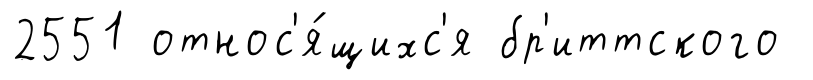
2551 относ'я́щихс'я бр'иттского